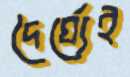
দৈর্ঘ্যেই